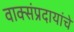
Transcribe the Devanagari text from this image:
वाक्संप्रदायांचे